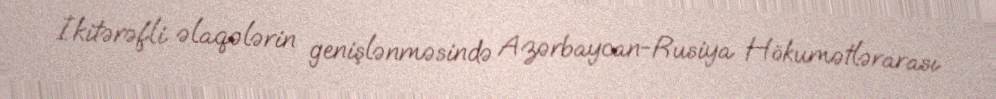
İkitərəfli əlaqələrin genişlənməsində Azərbaycan-Rusiya Hökumətlərarası